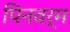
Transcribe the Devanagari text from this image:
पिनवर्म